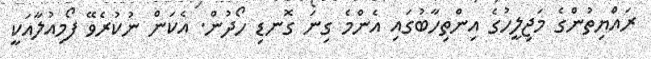
ރައްޔިތުންގެ މަޖިލީހުގެ އިންތިހާބުގައި އެންމެ ގިނަ ގޮނޑި ހޯދުން. އެކަން ނުކުރެވޭ ފޯމިއުލާއަކީ